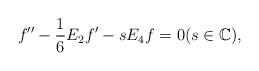
LaTeX: \begin{align*}f''-\frac{1}{6}E_2f'-s E_4f=0(s\in\mathbb{C}),\end{align*}